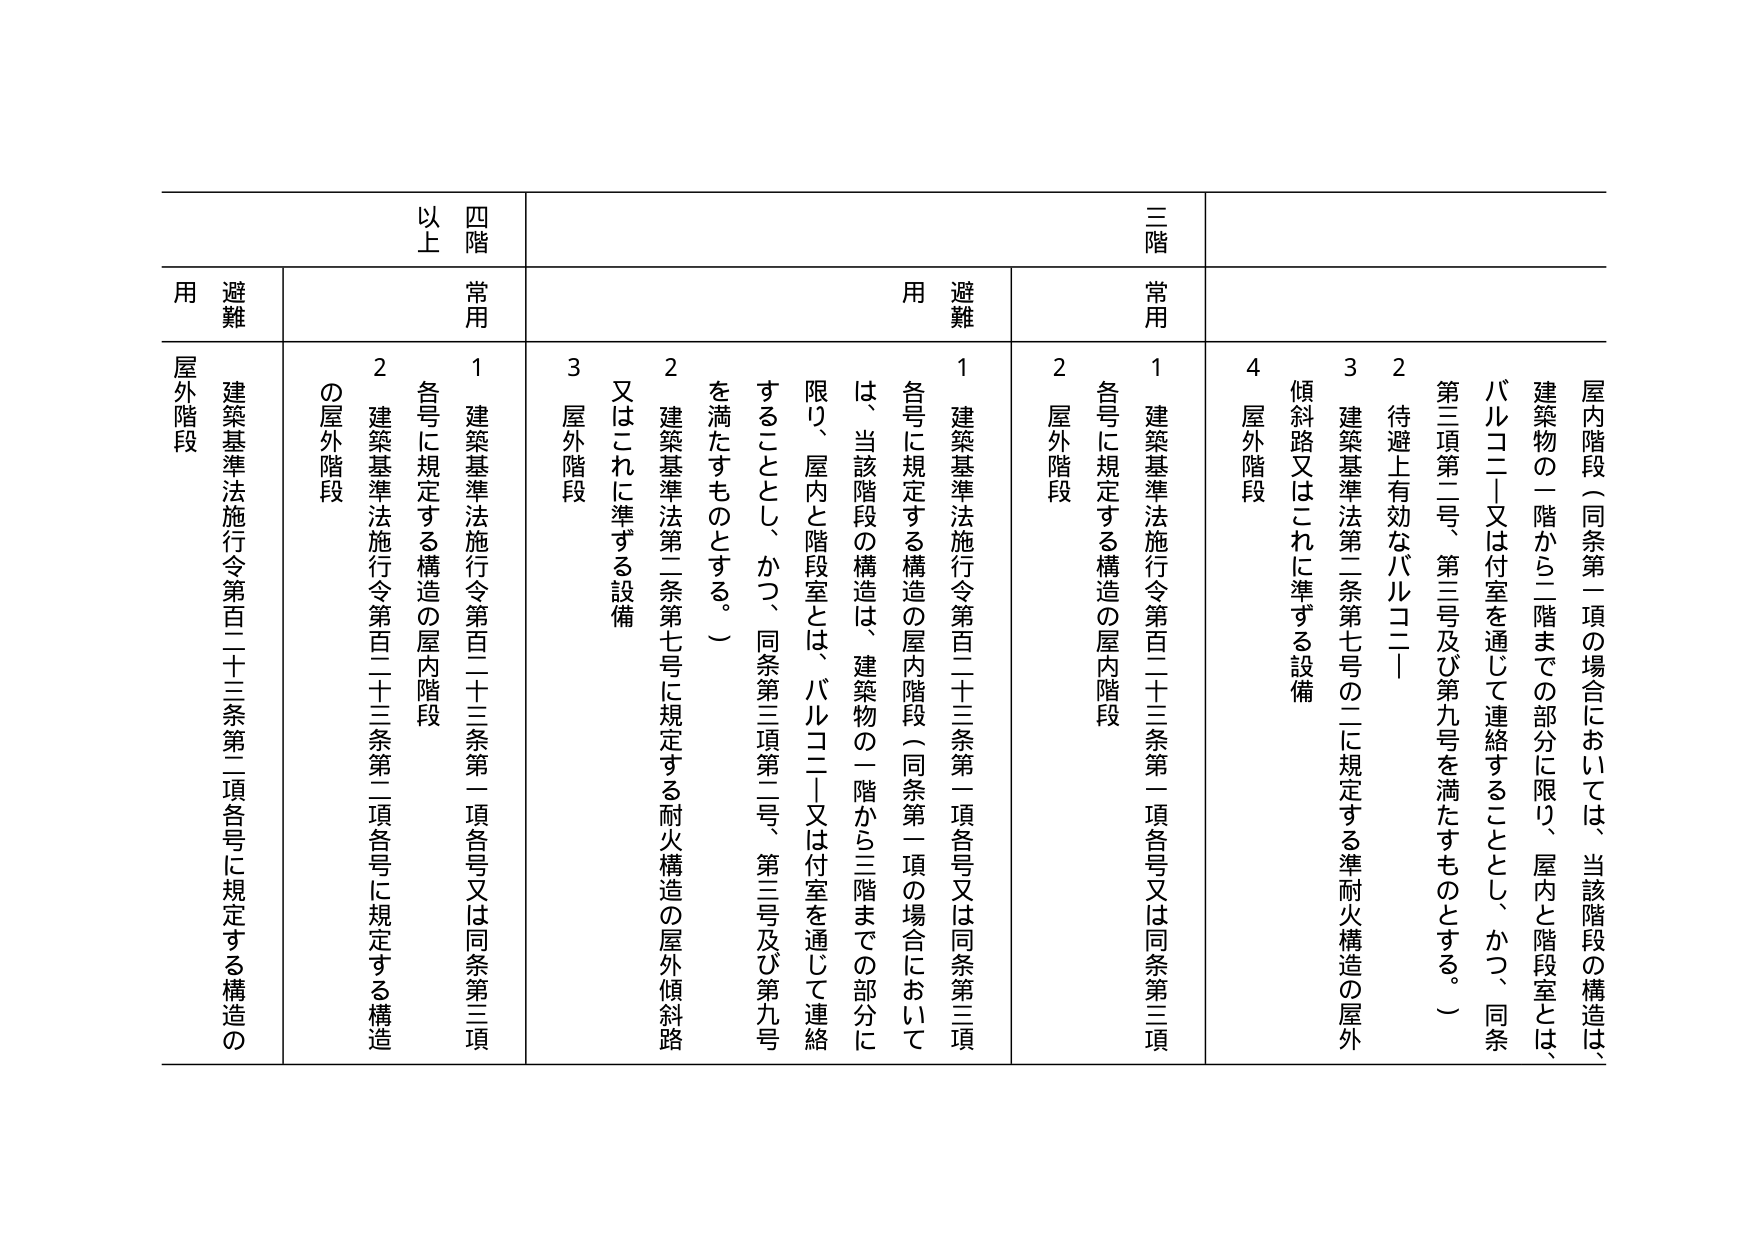
三階
四階以上

常用
避難用

屋内階段（同条第一項の場合においては、当該階段の構造は、
建築物の一階から二階までの部分に限り、屋内と階段室とは、
バルコニー又は付室を通じて連絡することとし、かつ、同条
第三項第二号、第三号及び第九号を満たすものとする。）

2 待避上有効なバルコニー
3 建築基準法第二条第七号の二に規定する準耐火構造の屋外
傾斜路又はこれに準ずる設備
4 屋外階段

1 建築基準法施行令第百二十三条第一項各号又は同条第三項
各号に規定する構造の屋内階段
2 屋外階段

常用
避難用

1 建築基準法施行令第百二十三条第一項各号又は同条第三項
各号に規定する構造の屋内階段
2 建築基準法第二条第七号に規定する耐火構造の屋外傾斜路
又はこれに準ずる設備
3 屋外階段

は、当該階段の構造は、建築物の一階から三階までの部分に
限り、屋内と階段室とは、バルコニー又は付室を通じて連絡
することとし、かつ、同条第三項第二号、第三号及び第九号
を満たすものとする。）

建築基準法施行令第百二十三条第二項各号に規定する構造の
屋外階段
2 建築基準法施行令第百二十三条第二項各号に規定する構造
の屋外階段